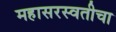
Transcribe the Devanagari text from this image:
महासरस्वतीचा